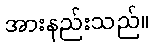
အားနည်းသည်။